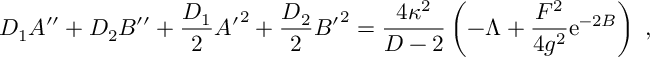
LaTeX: D _ { 1 } A ^ { \prime \prime } + D _ { 2 } B ^ { \prime \prime } + { \frac { D _ { 1 } } { 2 } } { A ^ { \prime } } ^ { 2 } + { \frac { D _ { 2 } } { 2 } } { B ^ { \prime } } ^ { 2 } = { \frac { 4 \kappa ^ { 2 } } { D - 2 } } \left( - \Lambda + { \frac { F ^ { 2 } } { 4 g ^ { 2 } } } \mathrm { e } ^ { - 2 B } \right) ~ ,